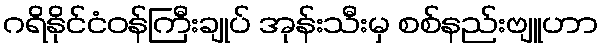
ဂရိနိုင်ငံဝန်ကြီးချုပ် အုန်းသီးမှ စစ်နည်းဗျူဟာ